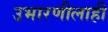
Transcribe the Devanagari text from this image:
उभारणीलाही